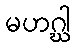
မဟဂ္ဃါ